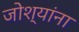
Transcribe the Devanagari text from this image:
जोश्यांना